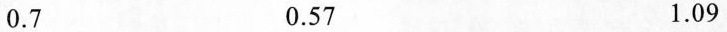
0.7 0.57 1.09